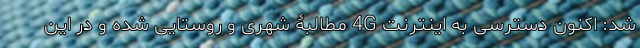
شد: اکنون دسترسی به اینترنت 4G مطالبۀ شهری و روستایی شده و در این